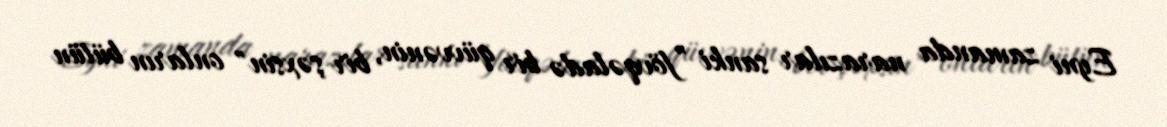
Eyni zamanda narazılar sanki ”fövqəladə bir qüvvənin, bir şəxsin" onların bütün